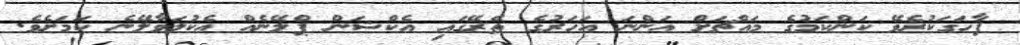
ފާހަގަކުރެވޭ ކަންކަމުގެ މައްޗަށް އަންނަ އަހަރުގެ ތެރޭގައި އެކްޝަން ޕްލޭނެއް އެކުލަވާލޭނެ ކަމަށެވެ.